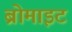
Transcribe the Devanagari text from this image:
ब्रोमाइट